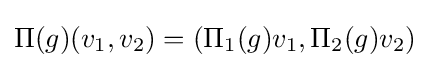
\Pi (g)(v_{1},v_{2})=(\Pi _{1}(g)v_{1},\Pi _{2}(g)v_{2})